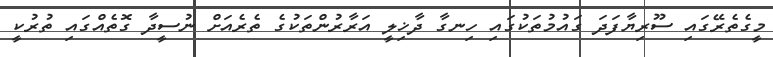
މީގެތެރޭގައި ސޫރިޔާފަދަ ގައުމުތަކުގައި ހިނގާ ދާޚިލީ އަރާރުންތަކުގެ ތެރެއަށް ނުސީދާ ގޮތެއްގައި ތުރުކީ